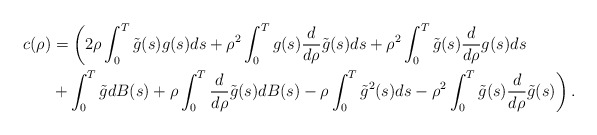
\begin{align*}c(\rho) & = \left(2\rho \int_0^T \tilde{g}(s) g(s) ds+ \rho^2 \int_0^T g(s) \frac{d}{d\rho}\tilde{g}(s) ds + \rho^2 \int_0^T \tilde{g}(s) \frac{d}{d\rho}g(s) ds \right.\\& \left. + \int_0^T \tilde{g} dB(s)+\rho \int_0^T \frac{d}{d\rho} \tilde{g}(s) dB(s)-\rho \int_0^T \tilde{g}^2(s) ds -\rho^2 \int_0^T \tilde{g}(s) \frac{d}{d\rho} \tilde{g}(s) \right) .\end{align*}